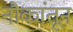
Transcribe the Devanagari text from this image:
नौकांतून